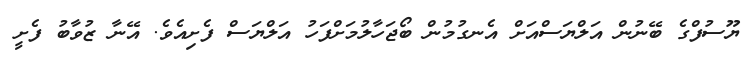
ޔޫސުފްގެ ބޭނުން އަލްޔަސްއަށް އެނގުމުން ބޯޖަހާލުމަށްފަހު އަލްޔަސް ފެށިއެވެ. އޭނާ ޒުވާބު ފެށީ